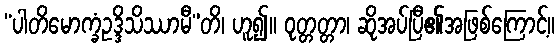
“ပါတိမောက္ခံဥဒ္ဒိသိဿာမီ”တိ၊ ဟူ၍။ ဝုတ္တတ္တာ၊ ဆိုအပ်ပြီ၏အဖြစ်ကြောင့်။